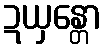
ဍယှန္တော